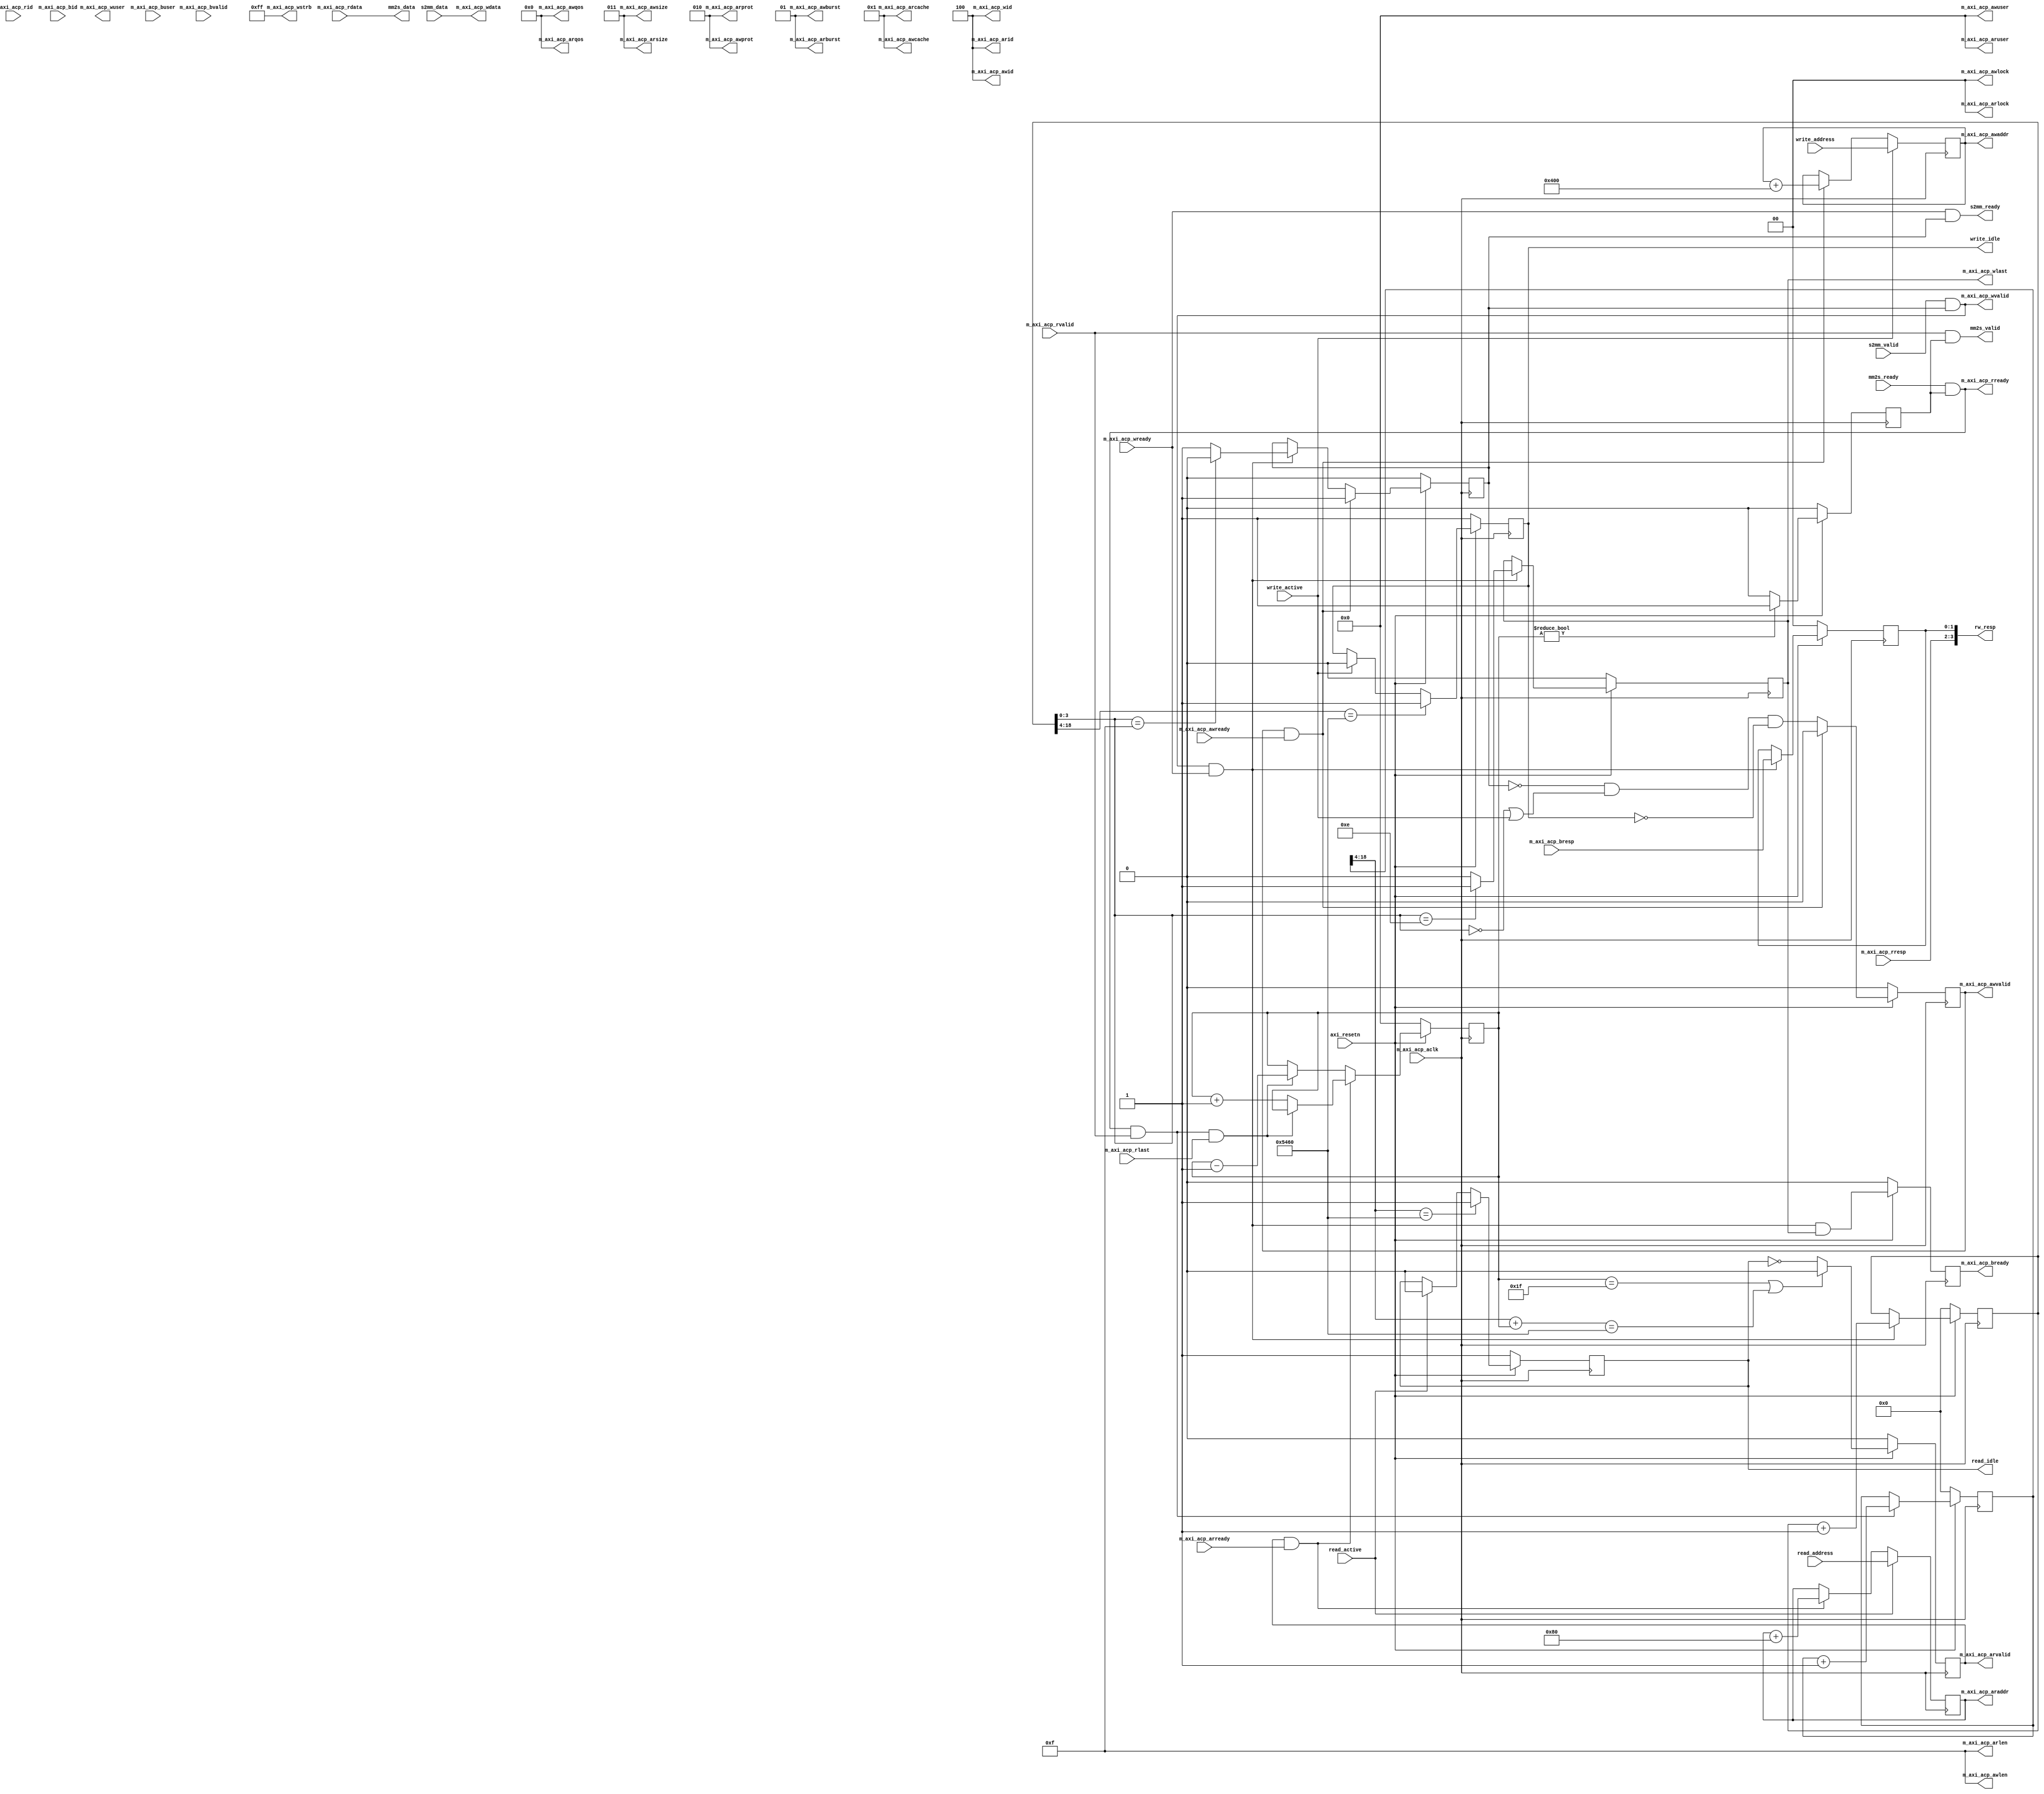
module dma_module #(
	//Data size which DMA is trying to receive in byte / bus width
	parameter DATA_SIZE = 1280 * 720 * 3 / 8,
	
	//log2(DATA_SIZE / bus width)
	parameter DATA_SIZE_LOG = 19,
	
	//Burst per transaction
	parameter BURST_SIZE = 16,
	
	//Number of burst needed
	parameter BURST_NUM = DATA_SIZE / BURST_SIZE
	
	
)
(
	
	///////////////////////////
	//Control signals
	///////////////////////////

	//Read channel control
	input					read_active,	//Active the DMA operation - assert to 1 for one clock.
	input		[31:0]		read_address,
	output	reg				read_idle,		//Goes to 0 after receiving read_active signal.
											//Goes back to 1 when DMA operation is completed.


	//Write channel control
	input					write_active,
	input		[31:0]		write_address,

	output 	reg 			write_idle,


	//Read, write response data - {read response, write response}
	output		[3:0]			rw_resp,



	///////////////////////////
	//AXI 3 Master interface
	///////////////////////////
	
	//global signal
	input					m_axi_acp_aclk,
	input					axi_resetn,
	
	
	//read address channel
	output		[2:0]		m_axi_acp_arid,		//OK
	output	reg	[31:0]		m_axi_acp_araddr,	//TODO : Zynq ignores last 2 bits(assumes that data is aligned every time)
	output		[3:0]		m_axi_acp_arlen,	//OK
	output		[2:0]		m_axi_acp_arsize,	//OK
	output		[1:0]		m_axi_acp_arburst,	//OK
	output		[1:0]		m_axi_acp_arlock,	//OK
	output 		[3:0]		m_axi_acp_arcache,	//OK?
	output		[2:0]		m_axi_acp_arprot,	//OK
	output		[3:0]		m_axi_acp_arqos,	//OK
	output		[4:0]		m_axi_acp_aruser,	//OK
	output	reg				m_axi_acp_arvalid,	//OK
	input					m_axi_acp_arready,	//OK
	
	
	//read data channel
	input		[2:0]		m_axi_acp_rid,
	input		[63:0]		m_axi_acp_rdata,
	input		[1:0]		m_axi_acp_rresp,
	input					m_axi_acp_rlast,
	//input					m_axi_acp_ruser,
	input					m_axi_acp_rvalid,
	output					m_axi_acp_rready,
	
	
	//write address channel
	output		[2:0]		m_axi_acp_awid,
	output	reg	[31:0]		m_axi_acp_awaddr,
	output		[3:0]		m_axi_acp_awlen,
	output		[2:0]		m_axi_acp_awsize,
	output		[1:0]		m_axi_acp_awburst,
	output		[1:0]		m_axi_acp_awlock,	
	output		[3:0]		m_axi_acp_awcache,
	output		[2:0]		m_axi_acp_awprot,
	output		[3:0]		m_axi_acp_awqos,
	output		[4:0]		m_axi_acp_awuser,
	output	reg				m_axi_acp_awvalid,
	input					m_axi_acp_awready,
	
	
	//write data channel
	output		[2:0]		m_axi_acp_wid,
	output		[63:0]		m_axi_acp_wdata,
	output		[7:0]		m_axi_acp_wstrb,
	output	reg				m_axi_acp_wlast,
	output		[4:0]		m_axi_acp_wuser,
	output					m_axi_acp_wvalid,
	input					m_axi_acp_wready,
	
	
	//write response
	input		[2:0]		m_axi_acp_bid,
	input		[1:0]		m_axi_acp_bresp,
	input		[4:0]		m_axi_acp_buser,
	input					m_axi_acp_bvalid,
	output	reg				m_axi_acp_bready,
	
	
	
	
	
	////////////////////////////////////
	//Stream Interface (Output)
	////////////////////////////////////
	
	output		[63:0]	mm2s_data,
	output				mm2s_valid,
	input				mm2s_ready,
	
	//////////////////////////////////// 
	//Stream Interface (Input)
	////////////////////////////////////
	
	input	[63:0]		s2mm_data,
	input				s2mm_valid,
	output				s2mm_ready
	
);

	//Number of transaction need to get data
	localparam TRANS_NUM = DATA_SIZE / BURST_SIZE ;
	

	//Fixed transaction ID
	assign m_axi_acp_arid = 3'b100;
	assign m_axi_acp_awid = 3'b100;
	assign m_axi_acp_wid = 3'b100;
	
	//Fixed burst size
	assign m_axi_acp_arlen = BURST_SIZE - 1;
	assign m_axi_acp_awlen = BURST_SIZE - 1;
	
	//2 bytes per transfer
	assign m_axi_acp_arsize = 3'b011;
	assign m_axi_acp_awsize = 3'b011;
	assign m_axi_acp_wstrb = 8'b1111_1111;
	
	//INCR type burst
	assign m_axi_acp_arburst = 2'b01;
	assign m_axi_acp_awburst = 2'b01;
	
	//Normal access
	assign m_axi_acp_arlock = 2'b00;
	assign m_axi_acp_awlock = 2'b00;
	
	//Device bufferable
	assign m_axi_acp_arcache = 4'b0001;
	assign m_axi_acp_awcache = 4'b0001;
	
	//Protection(last bit ignored by zynq)
	assign m_axi_acp_arprot = 3'b010;
	assign m_axi_acp_awprot = 3'b010;

	//Does not participate in qos scheme
	assign m_axi_acp_arqos = 4'b0000;
	assign m_axi_acp_awqos = 4'b0000;

	//Does not use user signals
	assign m_axi_acp_aruser = 5'b00000;
	assign m_axi_acp_awuser = 5'b00000;
	
	

	////////////////////////////////////
	//Register assignment
	////////////////////////////////////
	
	//Read address channel
	reg	[DATA_SIZE_LOG-1:0]			rdata_count;
	reg 							rdata_ch_active;
	reg	[4:0]						rdata_addr_count;

	//Write address channel
	reg	[DATA_SIZE_LOG-1:0]			wdata_count;
	reg 							wdata_ch_active;
	reg	[9:0]						wdata_addr_count;

	//Write response channel
	reg [1:0]						bresp;
	
	
	//Response concat
	assign rw_resp = {m_axi_acp_rresp, bresp};

	////////////////////////////////////
	//Read address channel
	////////////////////////////////////
	
	//Set read address
	always @(posedge m_axi_acp_aclk) begin
		if(read_active)
			m_axi_acp_araddr <= read_address;
		else if(m_axi_acp_arvalid && m_axi_acp_arready)
			m_axi_acp_araddr <= m_axi_acp_araddr + 32'h80;
	
	end
	
	//Read address counter
	always @(posedge m_axi_acp_aclk) begin
		if(~axi_resetn) begin
			rdata_addr_count <= 0;
		end
		else begin
			if(m_axi_acp_arvalid && m_axi_acp_arready) begin
				rdata_addr_count <= (m_axi_acp_rready && m_axi_acp_rvalid && m_axi_acp_rlast) ? rdata_addr_count : rdata_addr_count + 1;
			end
			else if (m_axi_acp_rready && m_axi_acp_rvalid && m_axi_acp_rlast) begin
				rdata_addr_count <= rdata_addr_count -1;
			end
		end
	end
	
	//Valid signal control
	always @(posedge m_axi_acp_aclk) begin
		if(~axi_resetn) begin
			m_axi_acp_arvalid <= 0;
		end
		else begin
			if(rdata_addr_count == 31 || rdata_count[DATA_SIZE_LOG-1:4] + rdata_addr_count  == (DATA_SIZE/16)) begin
				m_axi_acp_arvalid <= 0;
			end
			else begin
				m_axi_acp_arvalid <= ~read_idle;
			end
			
		end
		
	end

	//Read data channel activate control
	always @(posedge m_axi_acp_aclk) begin
		if(~axi_resetn) begin
			rdata_ch_active <= 0;
		end
		else begin
			rdata_ch_active <= (rdata_addr_count != 0) ? 1 : 0;
			
		end
		
	end

	//Idle signal control
	always @(posedge m_axi_acp_aclk) begin
		if(~axi_resetn) begin
			read_idle <= 1;
		end
		else begin
			if(rdata_count[DATA_SIZE_LOG-1:4] == BURST_NUM)
				read_idle <= (rdata_count[DATA_SIZE_LOG-1:4] == BURST_NUM) ? 1 : 0;
			else if(read_active)
				read_idle <= 0;
			
		end
	end

	//Data counter
	always @(posedge m_axi_acp_aclk) begin
		if(~axi_resetn) begin 
			rdata_count <= 0;
		end
		else begin
			if(m_axi_acp_rready && m_axi_acp_rvalid)
				rdata_count <= rdata_count + 1;
		end
	end
	


	////////////////////////////////////
	//Read data channel
	////////////////////////////////////
	
	assign mm2s_data = m_axi_acp_rdata;

	assign m_axi_acp_rready = mm2s_ready && rdata_ch_active;
	assign mm2s_valid = m_axi_acp_rvalid && rdata_ch_active;



	////////////////////////////////////
	//Write address channel
	////////////////////////////////////
	
	//Set write address
	always @(posedge m_axi_acp_aclk) begin
		if(write_active)
			m_axi_acp_awaddr <= write_address;
		else if(m_axi_acp_awvalid && m_axi_acp_awready)
			m_axi_acp_awaddr <= m_axi_acp_awaddr + 32'h400;
	
	end

	//Valid signal control
	always @(posedge m_axi_acp_aclk) begin
		if(~axi_resetn) begin
			m_axi_acp_awvalid <= 0;
		end
		else if(m_axi_acp_awvalid && m_axi_acp_awready) begin
			m_axi_acp_awvalid <= 0;
		end
		else begin
			m_axi_acp_awvalid <= ~wdata_ch_active && ((wdata_count[3:0] == 0) || write_active) && ~write_idle;
		end
		
	end

	//Write data channel activate control
	always @(posedge m_axi_acp_aclk) begin
		if(~axi_resetn) begin
			wdata_ch_active <= 0;
		end
		else begin
			if(m_axi_acp_awvalid && m_axi_acp_awready) begin
				wdata_ch_active <= 1;
			end
			else if(m_axi_acp_wvalid && m_axi_acp_wready) begin
				wdata_ch_active <= (wdata_count[3:0] == 4'b1111) ? 0 : 1;
			end
		end
		
	end

	//Idle signal control
	always @(posedge m_axi_acp_aclk) begin
		if(~axi_resetn) begin
			write_idle <= 1;
		end
		else begin
			if(wdata_count[DATA_SIZE_LOG-1:4] == BURST_NUM)
				write_idle <= (wdata_count[DATA_SIZE_LOG-1:4] == BURST_NUM) ? 1 : 0;
			else if(write_active)
				write_idle <= 0;
			
		end
	end

	//wlast signal
	always @(posedge m_axi_acp_aclk) begin
		if(~axi_resetn) begin
			m_axi_acp_wlast <= 0;
		end
		else begin
			if(m_axi_acp_wvalid && m_axi_acp_wready)
				m_axi_acp_wlast <= (wdata_count[3:0] == 14) ? 1 : 0;
		end
	end

	//Data counter
	always @(posedge m_axi_acp_aclk) begin
		if(~axi_resetn) begin
			wdata_count <= 0;
		end
		else begin
			if(m_axi_acp_wready && m_axi_acp_wvalid)
				wdata_count <= wdata_count + 1;
		end
	end


	////////////////////////////////////
	//Write data channel
	////////////////////////////////////

	assign m_axi_acp_wdata = s2mm_data;

	assign m_axi_acp_wvalid = s2mm_valid && wdata_ch_active;
	assign s2mm_ready = m_axi_acp_wready && wdata_ch_active;


	////////////////////////////////////
	//Write response channel
	////////////////////////////////////

	always @(posedge m_axi_acp_aclk) begin
		if(~axi_resetn) begin
			m_axi_acp_bready <= 0;
		end
		else begin
			m_axi_acp_bready <= m_axi_acp_wready && m_axi_acp_wvalid && m_axi_acp_wlast;
		end
	end

	always @(posedge m_axi_acp_aclk) begin
		if(~axi_resetn) begin
			bresp <= 0;
		end
		else begin
			if(m_axi_acp_wready && m_axi_acp_wvalid)
				bresp <= m_axi_acp_bresp;
		end
	end


endmodule